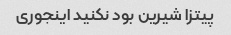
پیتزا شیرین بود نکنید اینجوری